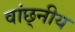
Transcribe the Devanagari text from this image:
वांछ्नीय